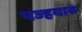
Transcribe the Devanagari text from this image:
पज्हयारु